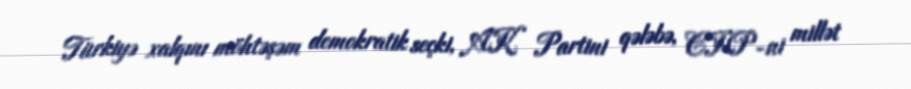
Türkiyə xalqını möhtəşəm demokratik seçki, AK Partini qələbə, CHP-ni millət